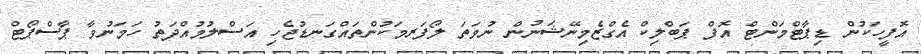
އޮފީހަކުން ޑިޕާޓްމަންޓް އޮފް ޕަބްލިކް އެގްޒެމިނޭޝަނުން ނުވަތަ ލޯފަރމަކުންތައްގަނޑުޖެހި އަސްލުމުއްދަތު ހަމަނުވާ ޕާސްޕޯޓް